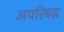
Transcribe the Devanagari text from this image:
अपरिबद्ध